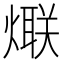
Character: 𱬏